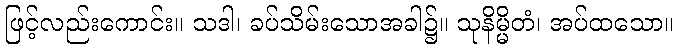
ဖြင့်လည်းကောင်း။ သဒါ၊ ခပ်သိမ်းသောအခါ၌။ သုနိမ္မိတံ၊ အပ်ထသော။